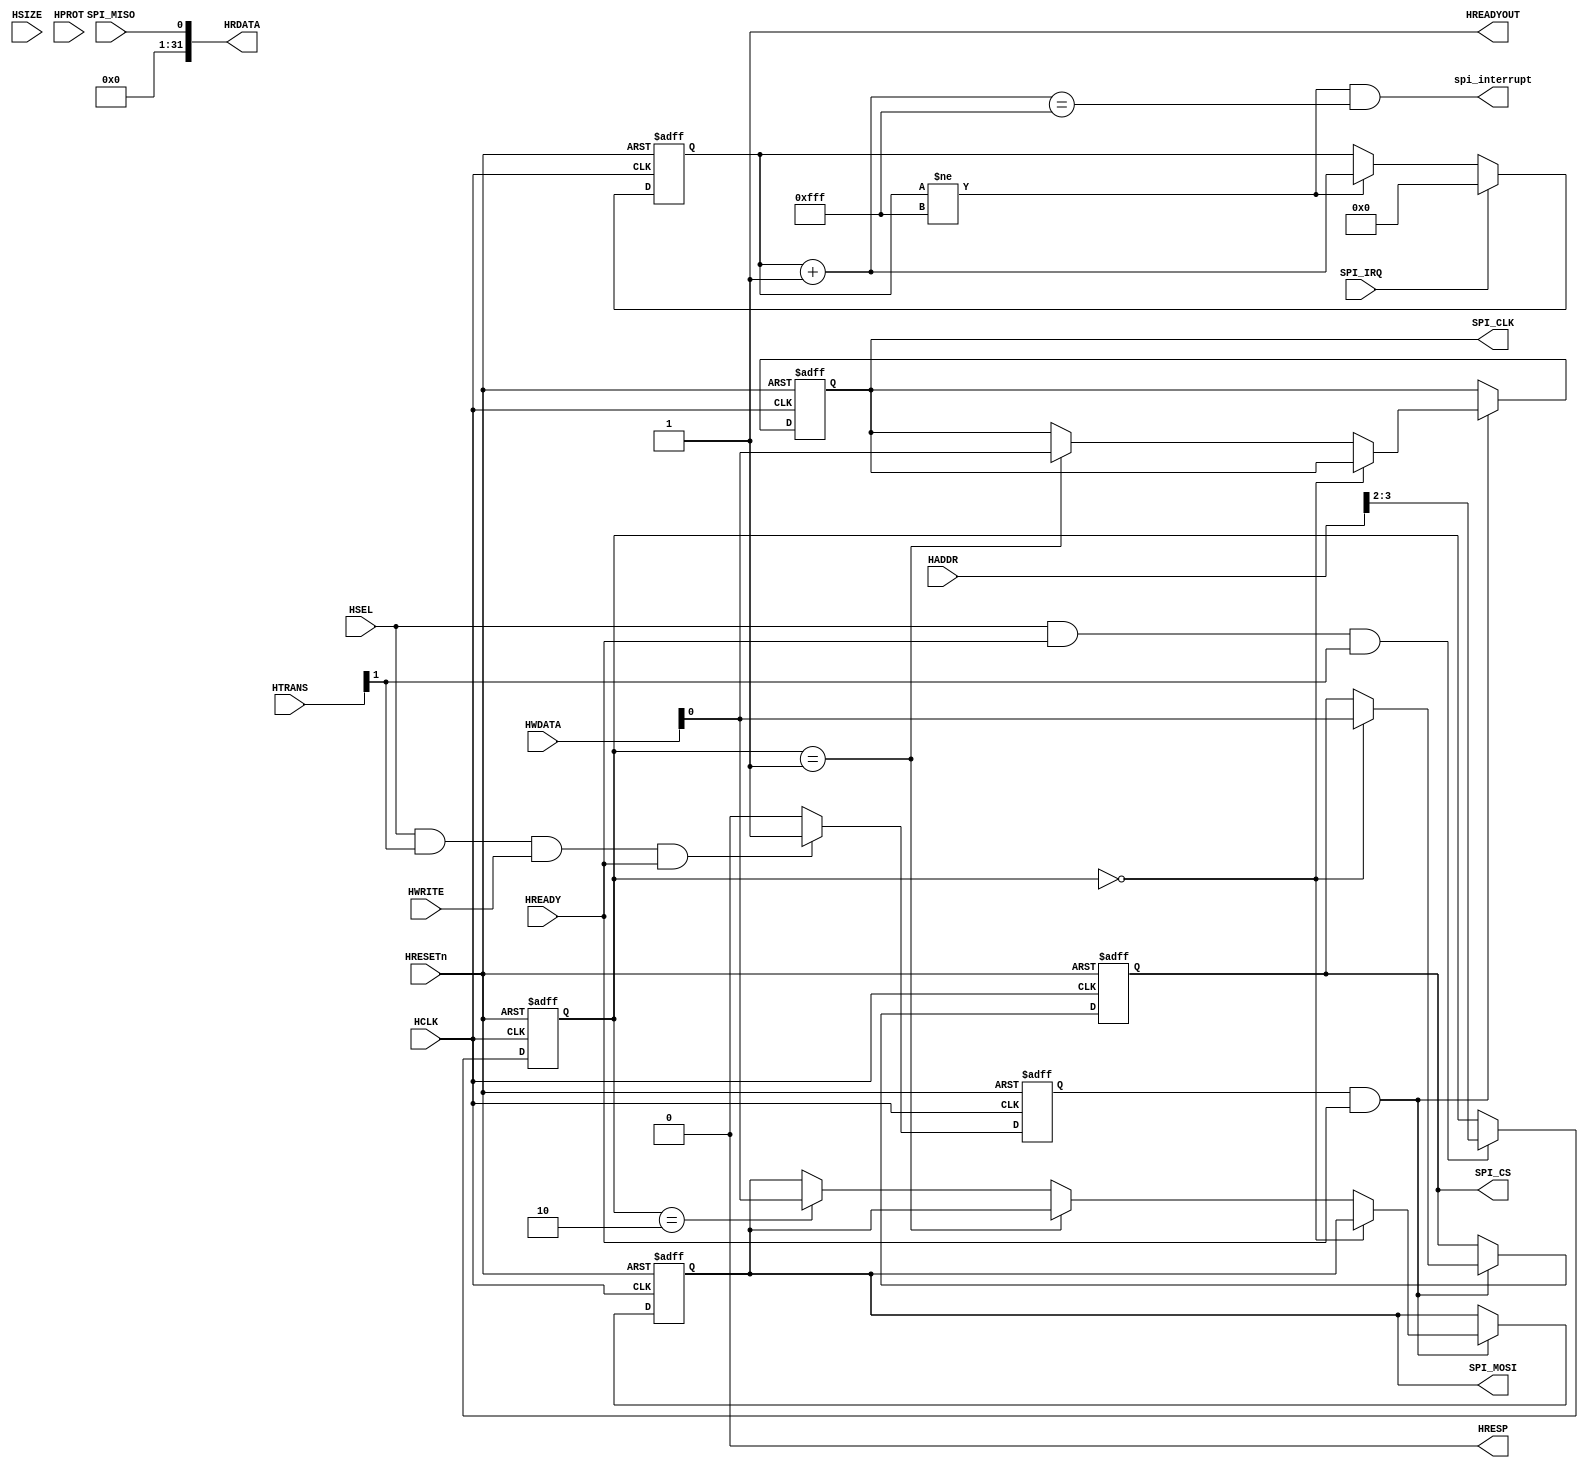
module AHBlite_SPI(
    input  wire          HCLK,    
    input  wire          HRESETn, 
    input  wire          HSEL,    
    input  wire   [31:0] HADDR,   
    input  wire    [1:0] HTRANS,  
    input  wire    [2:0] HSIZE,   
    input  wire    [3:0] HPROT,   
    input  wire          HWRITE,  
    input  wire   [31:0] HWDATA,  
    input  wire          HREADY,  
    output wire          HREADYOUT, 
    output wire   [31:0] HRDATA,  
    output wire          HRESP,
    output reg      	 SPI_CS,
    output reg      	 SPI_CLK,
    output reg      	 SPI_MOSI,
	input  wire			 SPI_MISO,
	input  wire			 SPI_IRQ,
	output  wire  	     spi_interrupt
);

reg [11:0]  spi;
wire[11:0]  spi_nxt;

assign  spi_nxt   =   spi + 1'b1;


always@(posedge HCLK or negedge HRESETn) begin
    if(~HRESETn) begin
        spi   <=  12'b0;
    end else if(SPI_IRQ==1'b0) begin
        if(spi != 12'hfff)
           spi   <=  spi_nxt;
    end else 
        spi   <=  12'b0;
end
assign spi_interrupt =   (spi != 12'hfff) & (spi_nxt == 12'hfff);

assign HRESP = 1'b0;
assign HREADYOUT = 1'b1;

wire write_en;
assign write_en = HSEL & HTRANS[1] & HWRITE & HREADY;

reg [1:0] addr_reg;
always@(posedge HCLK or negedge HRESETn) begin
  if(~HRESETn) addr_reg <= 2'b0;
  else if(HSEL & HREADY & HTRANS[1]) addr_reg <= HADDR[3:2];
end

reg wr_en_reg;
always@(posedge HCLK or negedge HRESETn) begin
  if(~HRESETn) wr_en_reg <= 1'b0;
  else if(write_en) wr_en_reg <= 1'b1;
  else wr_en_reg <= 1'b0;
end

always@(posedge HCLK or negedge HRESETn) begin
    if(~HRESETn) begin
        	SPI_CS   <= 1'b1;
       		SPI_CLK  <= 1'b1;
			SPI_MOSI <= 1'b0;
    end else if(wr_en_reg && HREADY) begin
        if(addr_reg == 2'd0)         // 0 4(0100) 8(1000) 12(1100)
           	SPI_CS   <= HWDATA[0];
        else if(addr_reg == 2'd1) 
            SPI_CLK  <= HWDATA[0];
        else if(addr_reg == 2'd2) 
            SPI_MOSI <= HWDATA[0];
    end
end

assign HRDATA = {31'b0,SPI_MISO};


endmodule